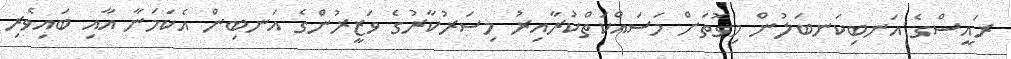
ރައީސްގެ އަނބިކަނބަލުން މިގޮތަށް މަސައްކަތްކުރާއިރު މިސަރުކާރުގެ ވަޒީރުންގެ އަނބިން އެކަމަނާ އާއި ބައިވެރި